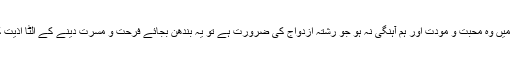
اگر لڑکے اور لڑکی میں وہ محبت و مودت اور ہم آہنگی نہ ہو جو رشتہ ازدواج کی ضرورت ہے تو یہ بندھن بجائے فرحت و مسرت دینے کے الٹا اذیت کا باعث بن جاتا ہے۔